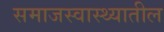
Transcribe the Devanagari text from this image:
समाजस्वास्थ्यातील